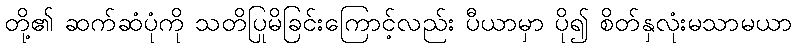
တို့၏ ဆက်ဆံပုံကို သတိပြုမိခြင်းကြောင့်လည်း ပီယာမှာ ပို၍ စိတ်နှလုံးမသာမယာ